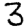
Digit: 3